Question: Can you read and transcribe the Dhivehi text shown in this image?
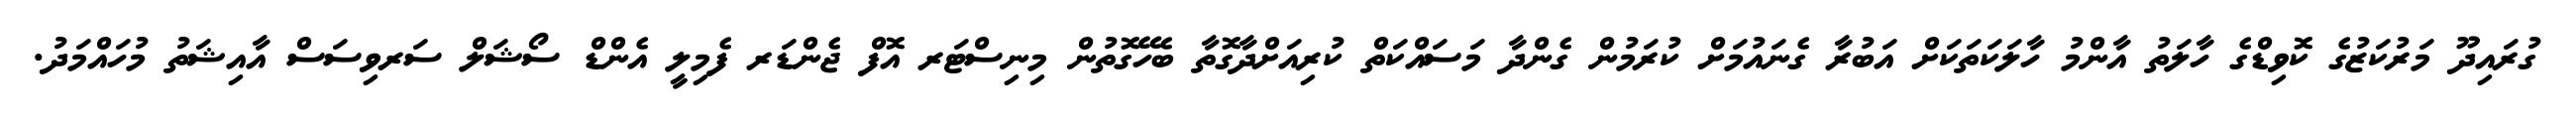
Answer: ގުރައިދޫ މަރުކަޒުގެ ކޮވިޑްގެ ހާލަތު އާންމު ހާލަކަތަކަށް އަބުރާ ގެނައުމަށް ކުރަމުން ގެންދާ މަސައްކަތް ކުރިއަށްދާގޮތާ ބެހޭގޮތުން މިނިސްޓަރ އޮފް ޖެންޑަރ ފެމިލީ އެންޑް ސޯޝަލް ސަރވިސަސް އާއިޝަތު މުހައްމަދު.